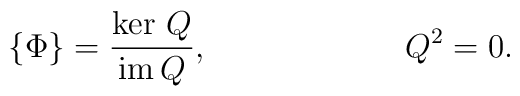
\{\Phi\} = \frac{\ker \, Q}{ {\hbox{\rm im}}\,Q},\qquad\qquad\qquad  Q^2=0.